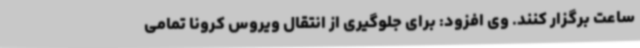
ساعت برگزار کنند. وی افزود: برای جلوگیری از انتقال ویروس کرونا تمامی